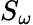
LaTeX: S_{\omega}